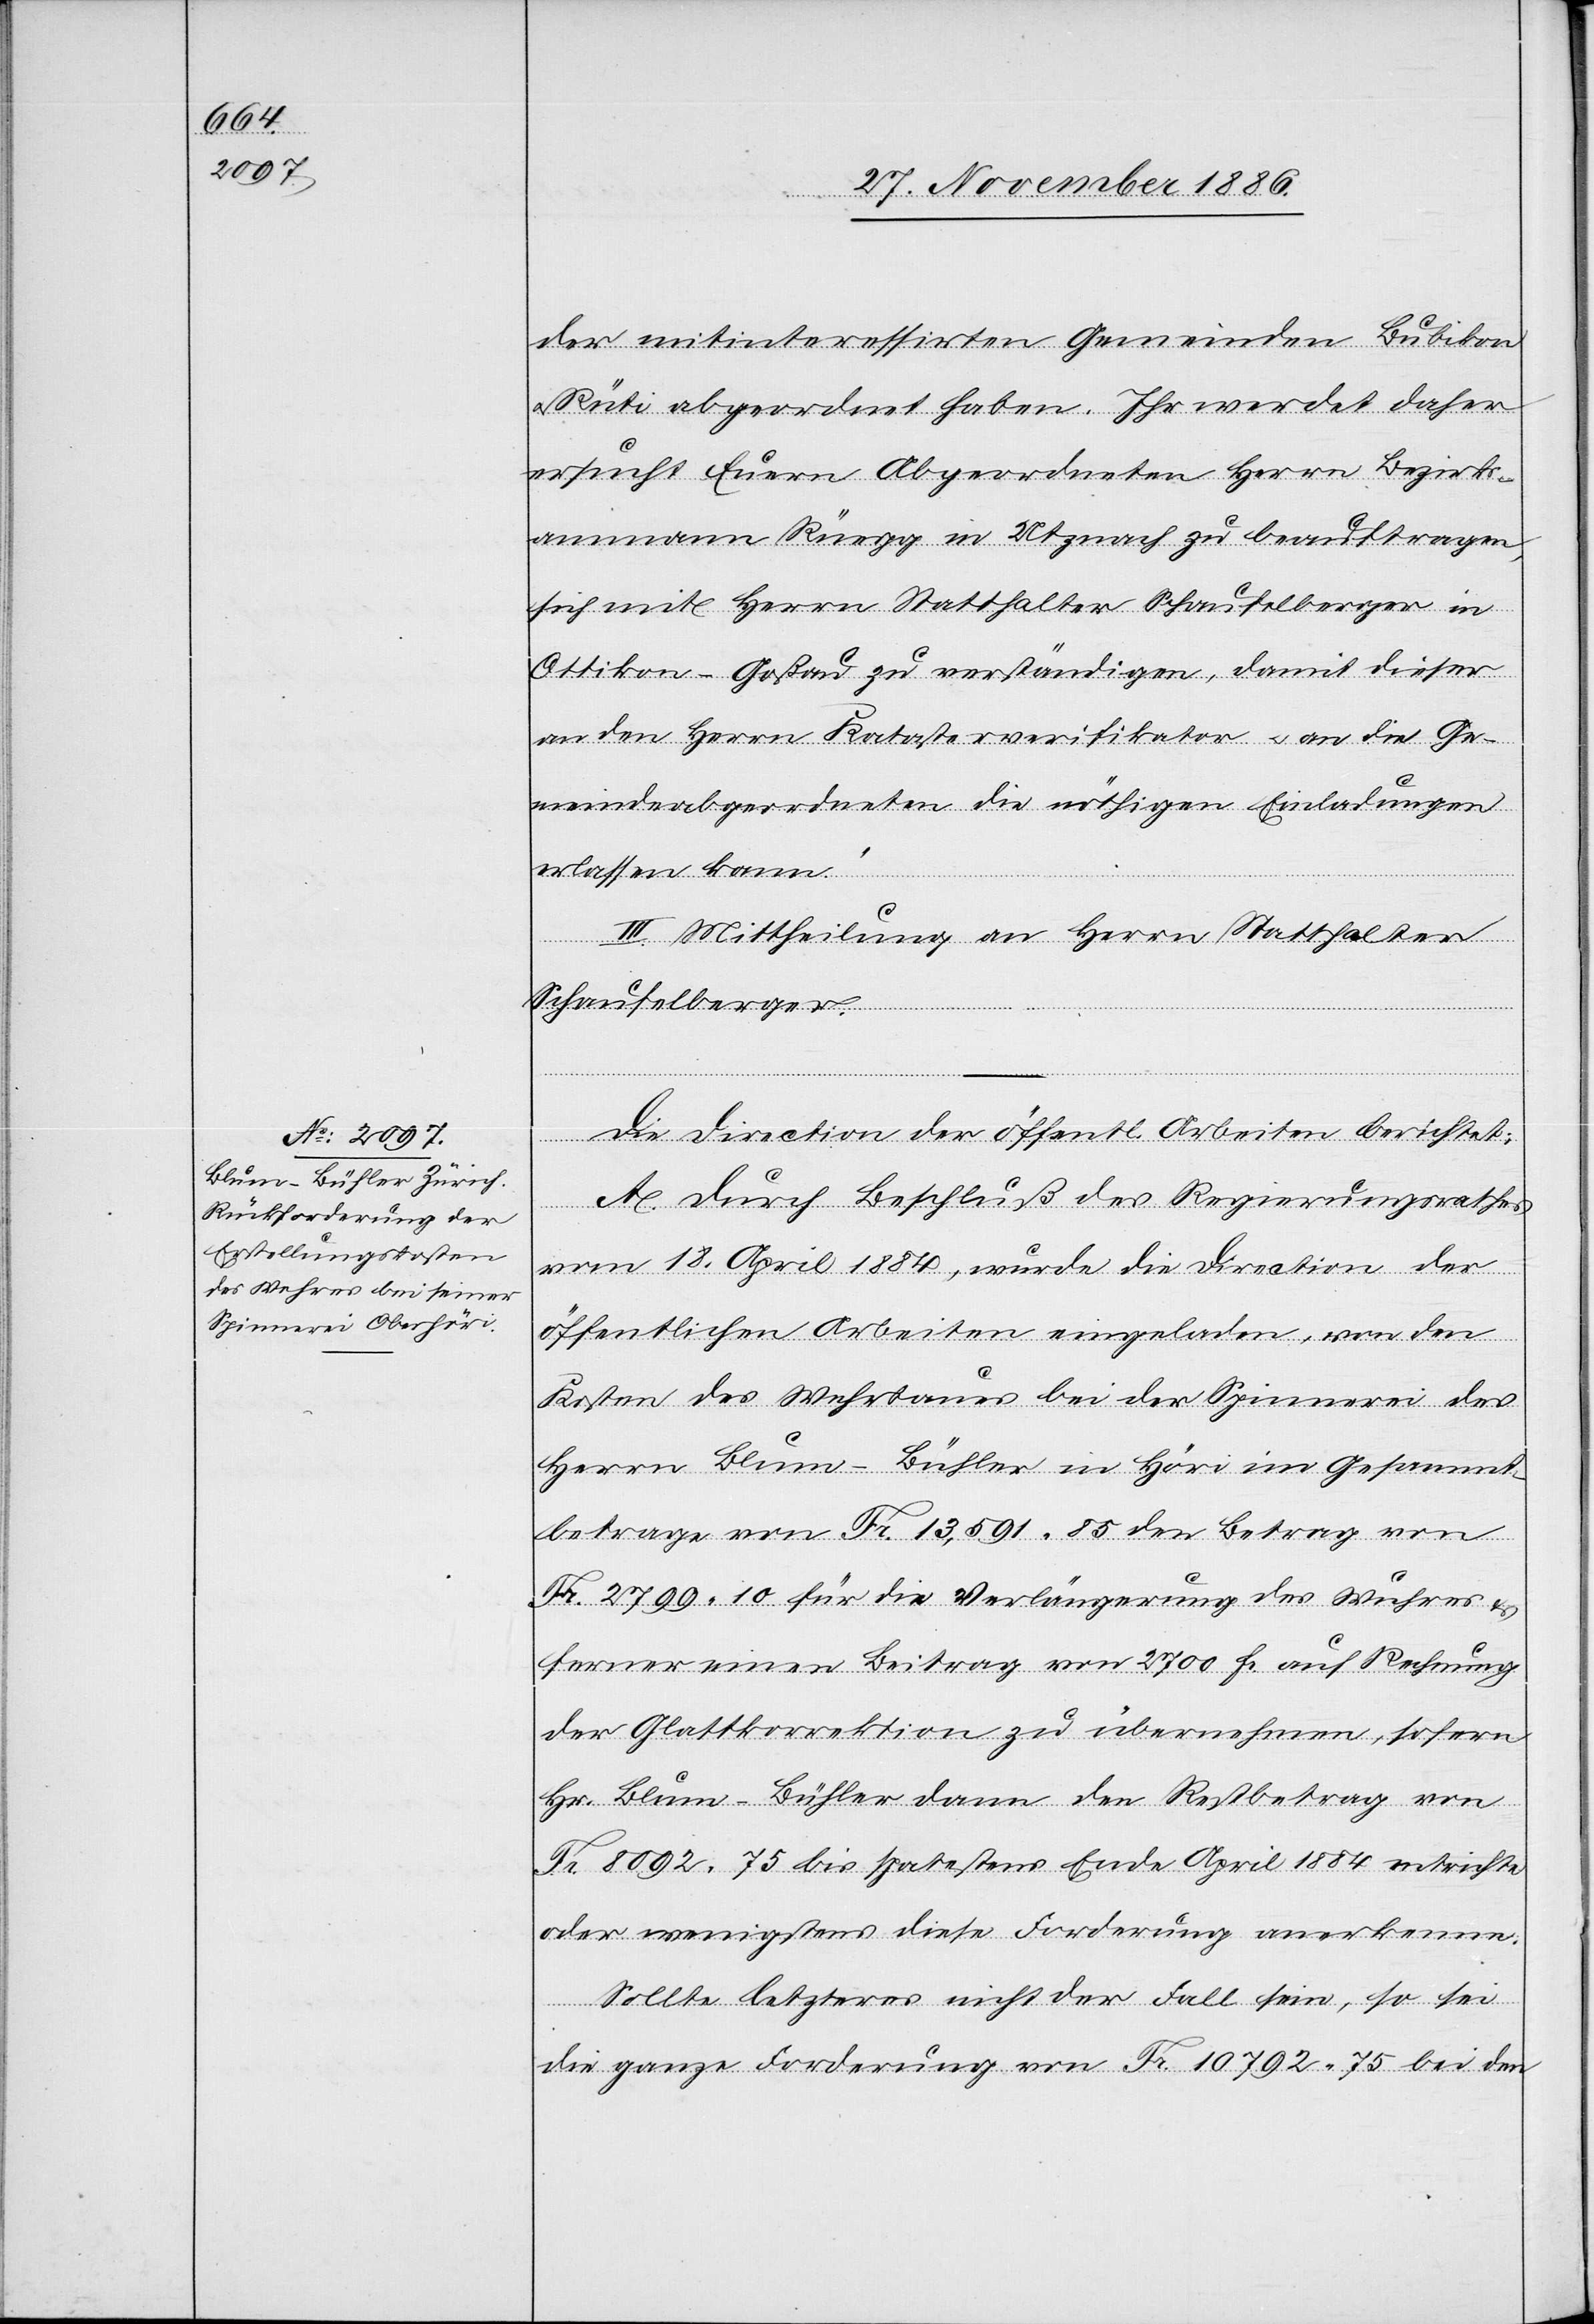
der mitinteressirten Gemeinden Bubikon
Rüti abgeordnet haben. Ihr werdet daher
ersucht Euern Abgeordneten Herrn Bezirks¬
ammann Rüegg in Utznach zu beauftragen,
sich mit Herrn Statthalter Schaufelberger in
Ottikon - Goßau zu verständigen, damit dieser
an den Herrn Katasterverifikator & an die Ge¬
meindeabgeordneten die nöthigen Einladungen
erlassen kann.“
III. Mittheilung an Herrn Statthalter
Schaufelberger.
Die Direction der öffentl. Arbeiten berichtet:
A. Durch Beschluß des Regierungsrathes
vom 18. April 1884, wurde die Direction der
öffentlichen Arbeiten eingeladen, von den
Kosten des Wehrbaues bei der Spinnerei des
Herrn Blum-Bühler in Höri im Gesammt¬
betrage von Fr. 13,591 85 den Betrag von
Fr. 2799 10 für die Verlängerung des Wuhres &
ferner einen Beitrag von 2700 Fr. auf Rechnung
der Glattkorrektion zu übernehmen, sofern
Hr. Blum-Bühler dann den Restbetrag von
Fr. 8092 75 bis spatestens [sic!] Ende April 1884 entrichte
oder wenigstens diese Forderung anerkenne.
Sollte letzteres nicht der Fall sein, so sei
die ganze Forderung von Fr. 10 792 75 bei den